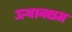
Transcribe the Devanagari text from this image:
उत्थानक्षम